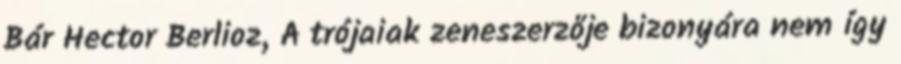
Bár Hector Berlioz, A trójaiak zeneszerzője bizonyára nem így